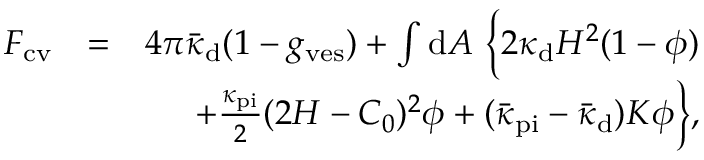
\begin{array} { r l r } { F _ { \mathrm { c v } } } & { = } & { 4 \pi \bar { \kappa } _ { \mathrm { d } } ( 1 - g _ { \mathrm { v e s } } ) + \int { \mathrm { d } } A \ \Big \{ 2 \kappa _ { \mathrm { d } } H ^ { 2 } ( 1 - \phi ) } \\ & { } & { + \frac { \kappa _ { \mathrm { p i } } } { 2 } ( 2 H - C _ { 0 } ) ^ { 2 } \phi + ( \bar { \kappa } _ { \mathrm { p i } } - \bar { \kappa } _ { \mathrm { d } } ) K \phi \Big \} , } \end{array}